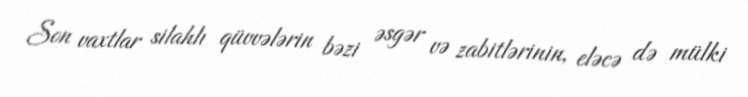
Son vaxtlar silahlı qüvvələrin bəzi əsgər və zabitlərinin, eləcə də mülki